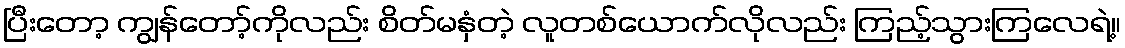
ပြီးတော့ ကျွန်တော့်ကိုလည်း စိတ်မနှံတဲ့ လူတစ်ယောက်လိုလည်း ကြည့်သွားကြလေရဲ့။